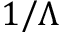
1 / \Lambda